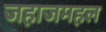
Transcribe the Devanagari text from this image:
जहाजमहल